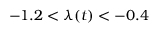
- 1 . 2 < \lambda ( t ) < - 0 . 4